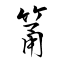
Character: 筩